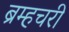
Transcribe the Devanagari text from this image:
ब्रम्हचरी